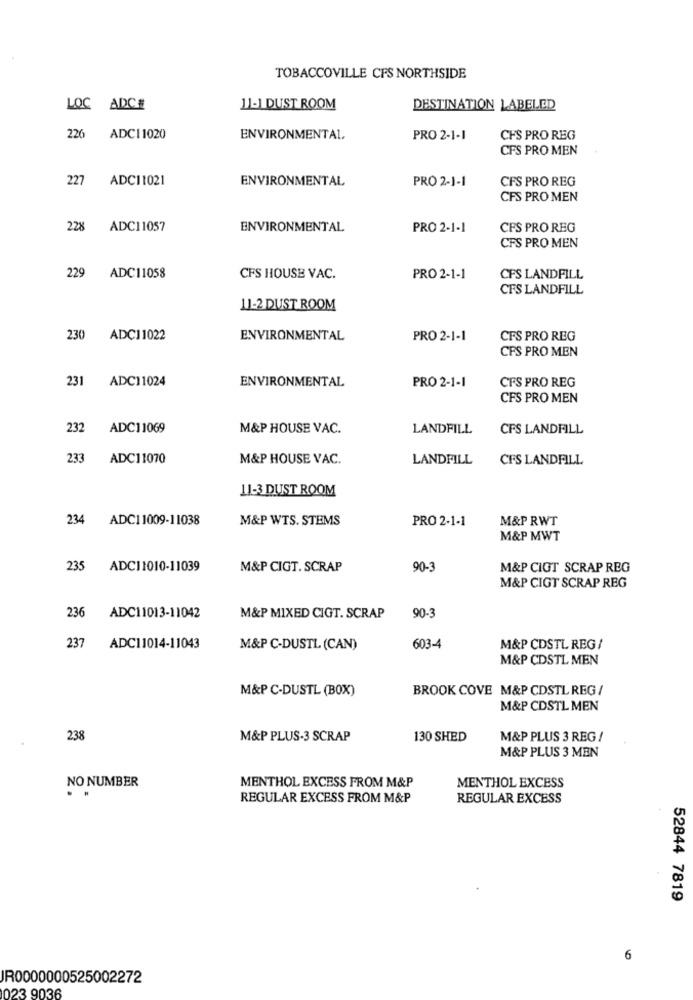
TOBACCOVILLE CFS NORTHSIDE
LOC ADCE
11-1 DUST ROOM
DESTINATION LABELED
226 ADCI1020
ENVIRONMENTAL
PRO 2-1-1
CFS PRO REG
CFS PRO MEN
227
ADC11021
ENVIRONMENTAL
PRO 2-1-1
CFS PRO REG
CFS PRO MEN
228
ADC11057
ENVIRONMENTAL
PRO 2-1-1
CFS PRO REG
CFS PRO MEN
229 ADC11058
CFS HOUSE VAC.
PRO 2-1-1
CFS LANDFILL
CFS LANDFILL
11-2 DUST ROOM
230 ADC11022
ENVIRONMENTAL
PRO 2-1-1
CFS PRO REG
CFS PRO MEN
231
ENVIRONMENTAL
ADC11024
PRO 2-1-1
CFS PRO REG
CFS PRO MEN
232
ADC11069
M&P HOUSE VAC.
LANDFILL
CFS LANDFILL
233
ADC11070
M&P HOUSE VAC.
LANDFILL
CFS LANDFILL
11-3 DUST ROOM
234
ADC11009-11038
M&P WTS. STEMS
PRO 2-1-1
M&P RWT
M&P MWT
235
ADC11010-11039
M&P CIGT. SCRAP
90-3
M&P CIOT SCRAP REG
M&P CIGT SCRAP REG
236
ADC11013-11042
M&P MIXED CIGT. SCRAP
90-3
237
ADC11014-11043
M&P C-DUSTL (CAN)
603-4
M&P CDSTL REG /
M&P CDSTL MEN
M&P C-DUSTL (BOX)
BROOK COVE M&P CDSTL REG /
M&P CDSTL MEN
238
M&P PLUS-3 SCRAP
130 SHED
M&P PLUS 3 REG !
M&P PLUS 3 MEN
NO NUMBER
MENTHOL EXCESS FROM M&P
MENTHOL EXCESS
REGULAR EXCESS FROM M&P
REGULAR EXCESS
52844 7819
6
JR0000000525002272
023 9036